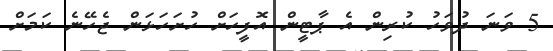
5 ވަނަ ދުވަހު ކުރިން އެ ޕާޓީން އޮފީހަށް ހުށަހަޅަން ޖެހޭނެ ކަމަށް